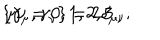
\left\{ \gamma _ { \mu } , \gamma _ { \nu } \right\} = 2 \delta _ { \mu \nu } ; \hspace { 0 . 5 i n } \mu \nu = 0 , 1 , 2 , 3 .